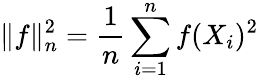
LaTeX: \| {f}\| _{n}^{2}=\frac 1n\sum_{i=1}^{n}f(X_{i})^{2}